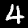
Digit: 4